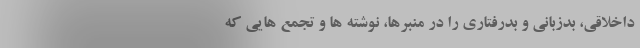
داخلاقی، بدزبانی و بدرفتاری را در منبرها، نوشته ها و تجمع هایی که